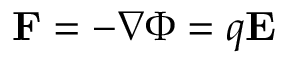
\mathbf { F } = - \nabla \Phi = q \bf E